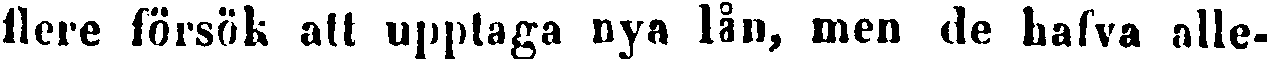
flere försök att upptaga nya lån, men de hafva alle-